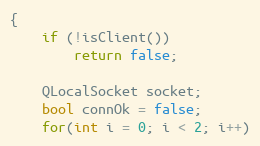
Language: C++
{
    if (!isClient())
        return false;

    QLocalSocket socket;
    bool connOk = false;
    for(int i = 0; i < 2; i++)